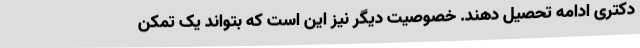
دکتری ادامه تحصیل دهند. خصوصیت دیگر نیز این است که بتواند یک تمکن